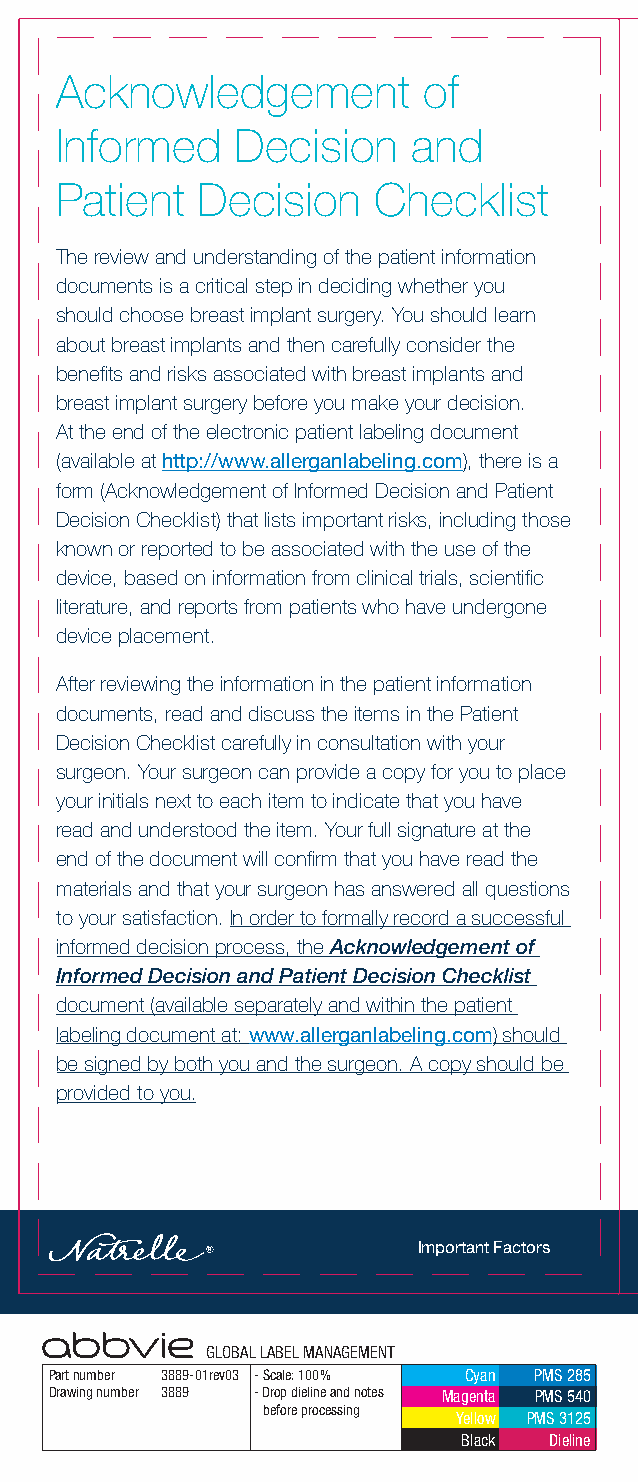
Acknowledgement         of
 Informed    Decision   and
 Patient  Decision    Checklist
 The review and understanding of the patient information
 documents is a critical step in deciding whether you
 should choose breast implant surgery. You should learn
 about breast implants and then carefully consider the
 benefits and risks associated with breast implants and
 breast implant surgery before you make your decision.
 At the end of the electronic patient labeling document
 (available at http://www.allerganlabeling.com), there is a
 form (Acknowledgement of Informed Decision and Patient
 Decision Checklist) that lists important risks, including those
 known or reported to be associated with the use of the
 device, based on information from clinical trials, scientific
 literature, and reports from patients who have undergone
 device placement.
 After reviewing the information in the patient information
 documents, read and discuss the items in the Patient
 Decision Checklist carefully in consultation with your
 surgeon. Your surgeon can provide a copy for you to place
 your initials next to each item to indicate that you have
 read and understood the item. Your full signature at the
 end of the document will confirm that you have read the
 materials and that your surgeon has answered all questions
 to your satisfaction. In order to formally record a successful
 informed decision process, the Acknowledgement of
 Informed Decision and Patient Decision Checklist
 document (available separately and within the patient
 labeling document at: www.allerganlabeling.com) should
 be signed by both you and the surgeon. A copy should be
 provided to you.
 Important Factors
 GLOBAL LABEL MANAGEMENT
 Part number 3889-01rev03 - Scale: 100% Cyan PMS 285
 Drawing number 3889 - Drop dieline and notes Magenta PMS 540
 before processing
 Yellow PMS 3125
 Black Dieline